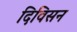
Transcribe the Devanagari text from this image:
दिविसन